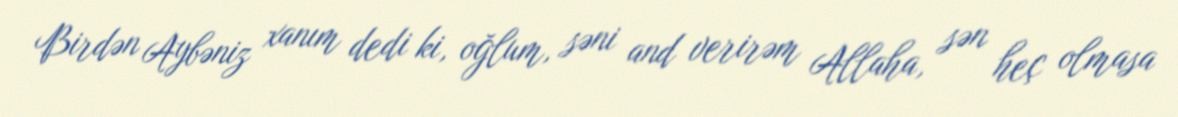
Birdən Aybəniz xanım dedi ki, oğlum, səni and verirəm Allaha, sən heç olmasa